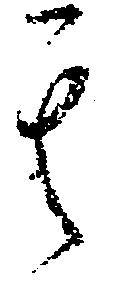
其